DOW-UAP-D48, Department of the Air Force Report, 1996
Agency: Department of War
Incident date: 9/10/96
Page 105
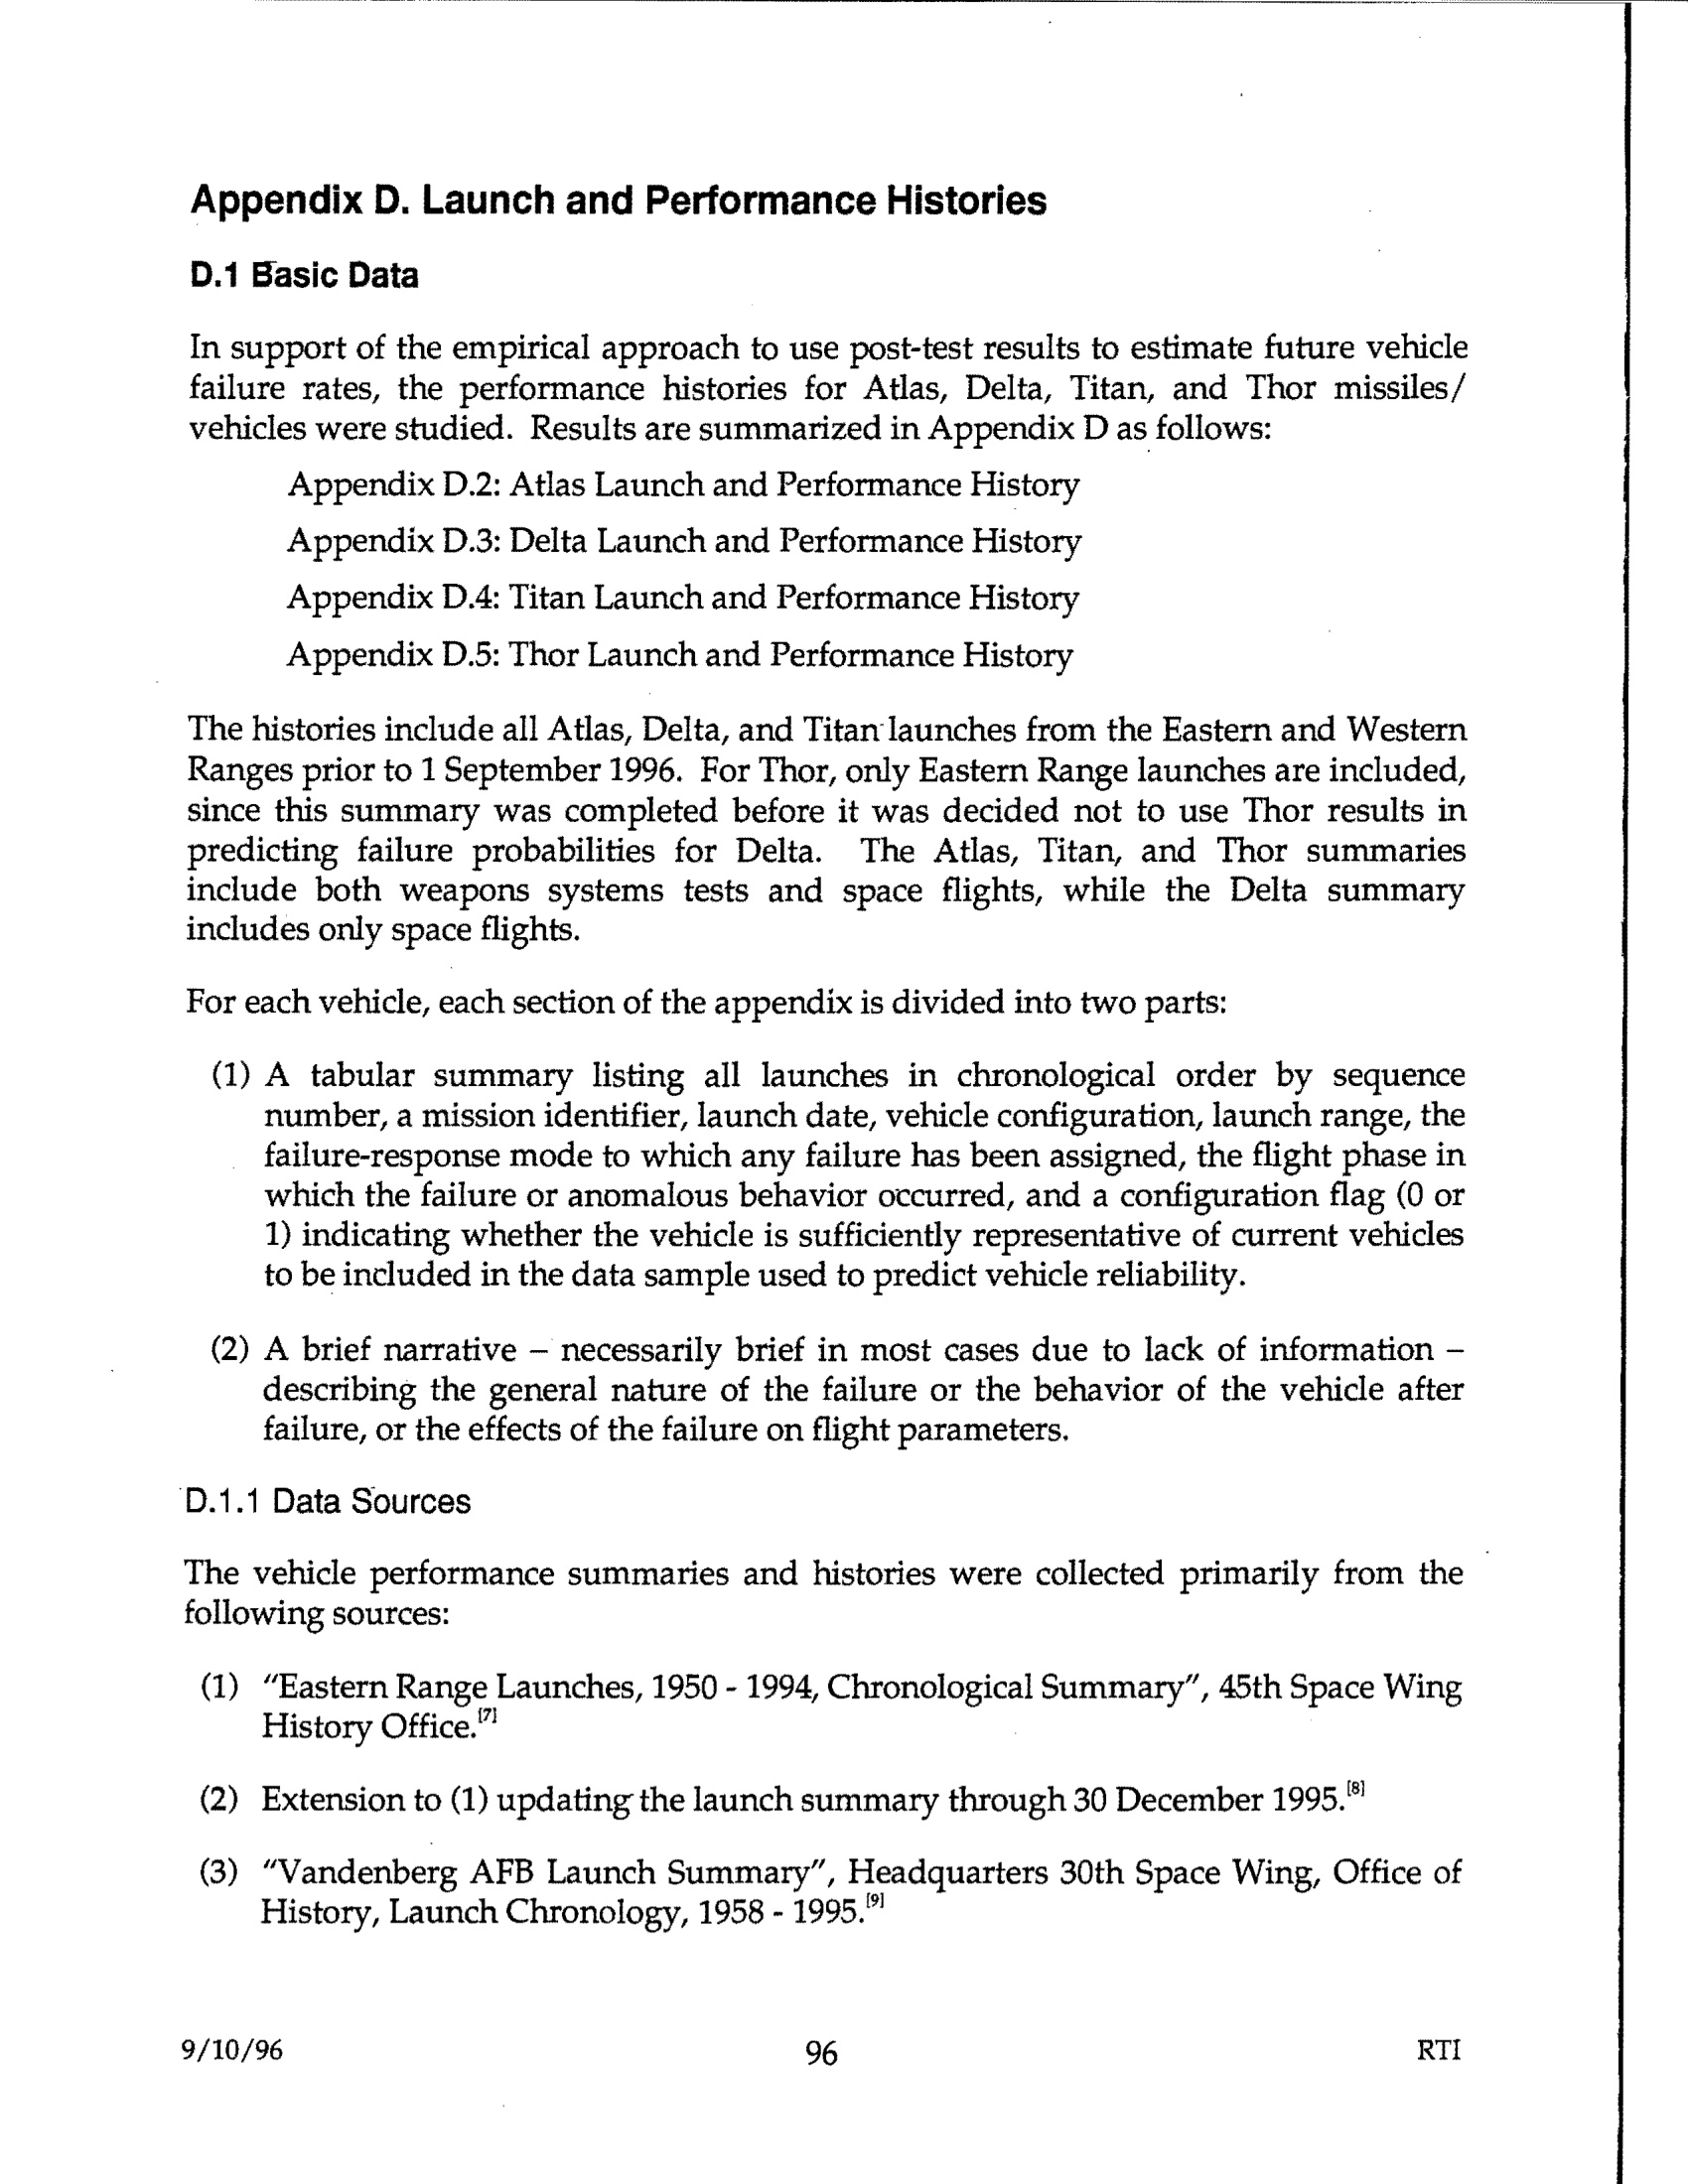